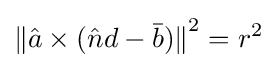
{\lVert {\hat {a}}\times ({\hat {n}}d-{\bar {b}})\rVert }^{2}=r^{2}